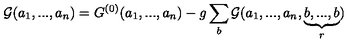
{ { \cal G } } ( a _ { 1 } , . . . , a _ { n } ) = { G } ^ { ( 0 ) } ( a _ { 1 } , . . . , a _ { n } ) - g \sum _ { b } { { \cal G } } ( a _ { 1 } , . . . , a _ { n } , \underbrace { b , . . . , b } _ { r } )